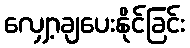
လျှော့ချပေးနိုင်ခြင်း